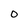
Character: O